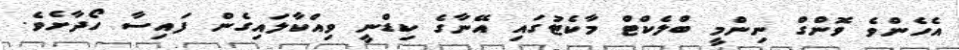
އެހެންވެ ވޮންގް ނިންމީ ބްލެކްޓް މާކެޓުގައި އޭނާގެ ކިޑްނީ ވިއްކާލައިގެން ފައިސާ ހޯދާށެވެ.